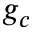
g _ { c }